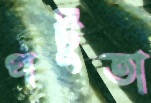
পটুতা